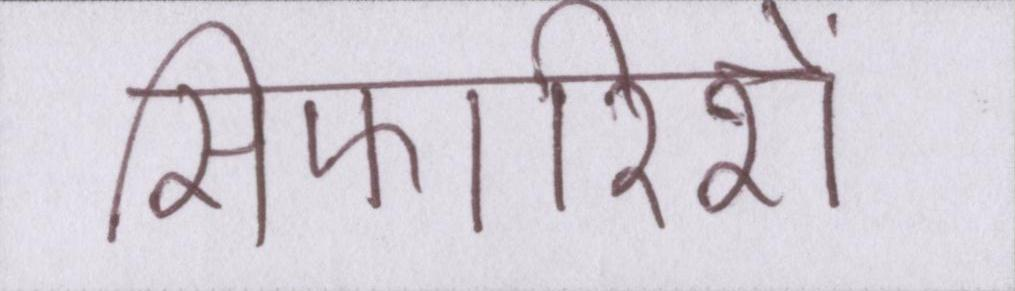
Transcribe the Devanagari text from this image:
सिफारिशें